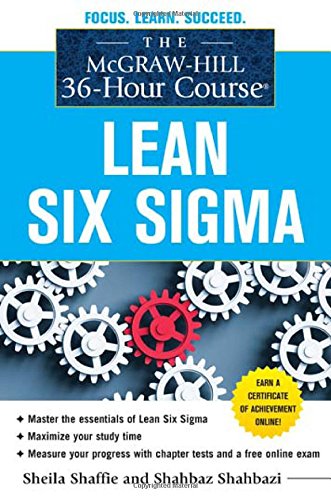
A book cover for The McGraw-Hill 36-Hour Course: Lean Six Sigma (McGraw-Hill 36-Hour Courses); Sheila Shaffie; Business & Money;